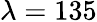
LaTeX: \lambda=135